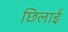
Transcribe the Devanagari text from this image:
छिलाई